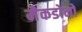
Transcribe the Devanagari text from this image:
मैकडोनो